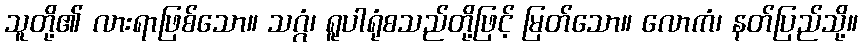
သူတို့၏ လားရာဖြစ်သော။ သဂ္ဂံ၊ ရူပါရုံစသည်တို့ဖြင့် မြတ်သော။ လောကံ၊ နတ်ပြည်သို့။